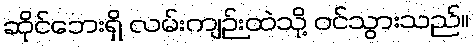
ဆိုင်ဘေးရှိ လမ်းကျဉ်းထဲသို့ ဝင်သွားသည်။